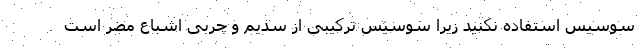
سوسیس استفاده نکنید زیرا سوسیس ترکیبی از سدیم و چربی اشباع مضر است